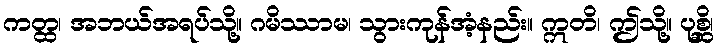
ကတ္ထ၊ အဘယ်အရပ်သို့။ ဂမိဿာမ၊ သွားကုန်အံ့နည်း။ ဣတိ၊ ဤသို့။ ပုစ္ဆိ၊